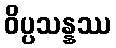
ဝိပ္ပသန္နဿ